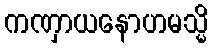
ကဏှာယနောဟမသ္မိ